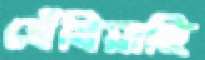
ঘেঁষিয়াছি